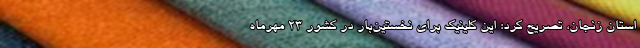
استان زنجان، تصریح کرد: این کلینیک برای نخستین‌بار در کشور ۲۳ مهرماه